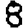
Digit: 8